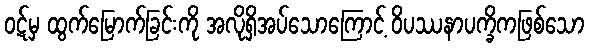
ဝဋ်မှ ထွက်မြောက်ခြင်းကို အလိုရှိအပ်သောကြောင့် ဝိပဿနာပက္ခိကဖြစ်သော